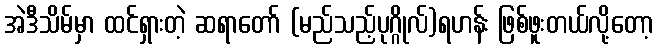
အဲဒီသိမ်မှာ ထင်ရှားတဲ့ ဆရာတော် (မည်သည့်ပုဂ္ဂိုလ်)ရဟန်း ဖြစ်ဖူးတယ်လို့တော့